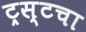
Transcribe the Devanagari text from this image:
ट्रस्टचा